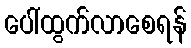
ပေါ်ထွက်လာစေရန်